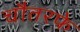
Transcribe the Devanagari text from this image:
चौतरफे